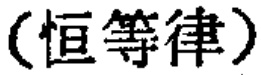
（恒等律）